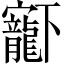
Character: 𡬈